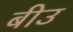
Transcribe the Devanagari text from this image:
बीउ